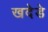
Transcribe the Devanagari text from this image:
खदेडे